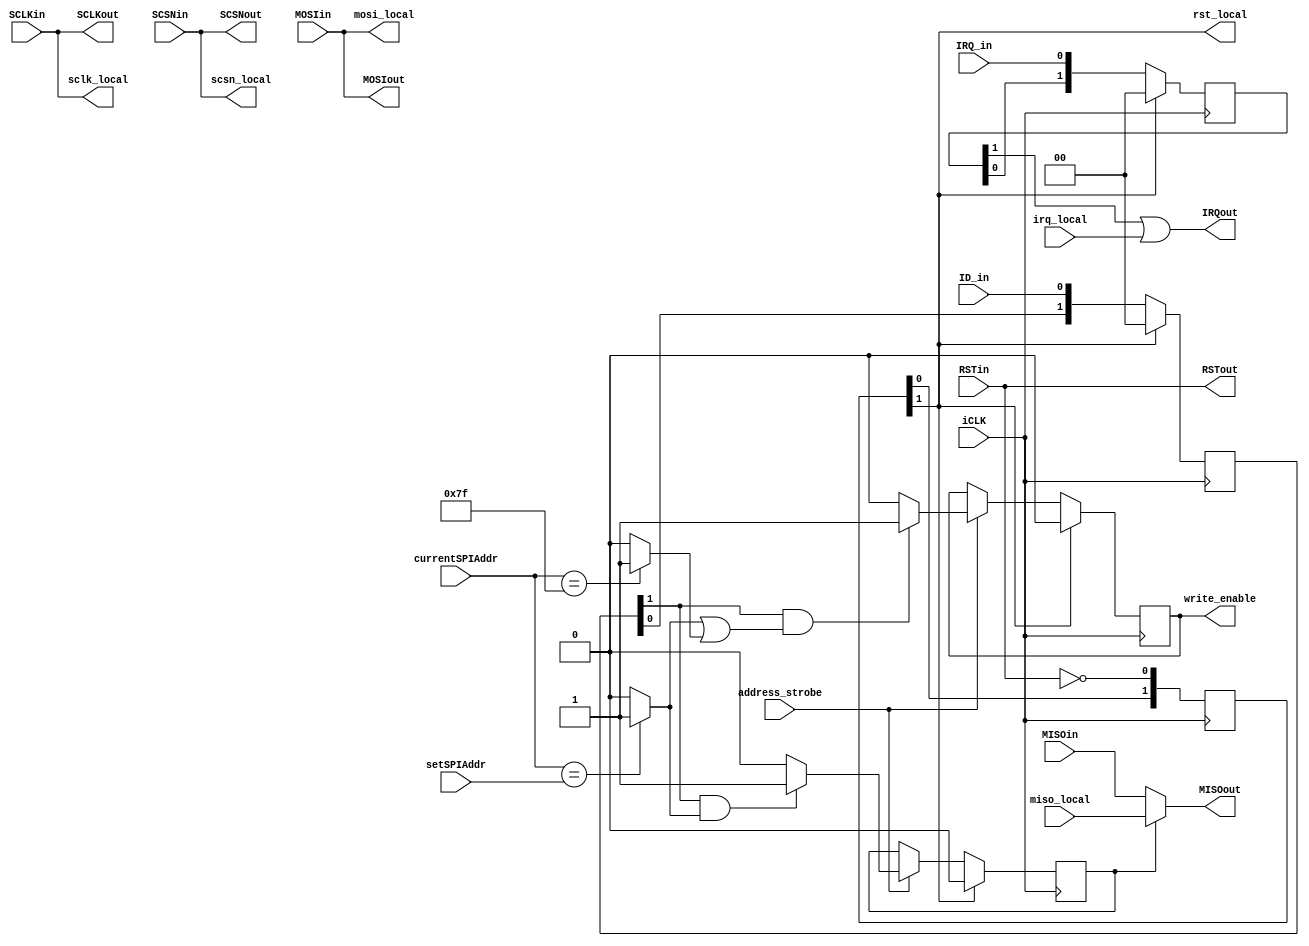
module spi_passthrough (
  input  wire  iCLK,
  input  wire  RSTin,
  input  wire	 ID_in, 
  input	 wire	 IRQ_in,
  input  wire  address_strobe,
  input  wire [6:0] currentSPIAddr,
  input  wire [6:0] setSPIAddr,

  input  wire  SCLKin,
  input  wire  SCSNin,
  input  wire  MOSIin,
  output wire  MISOout,

  output wire  rst_local,
  output wire  sclk_local,
  output wire	 scsn_local,
  output wire	 mosi_local,
  input	 wire	 miso_local,
  input	 wire	 irq_local,
  output wire  write_enable,

  output wire  RSTout,
  output wire  SCLKout,
  output wire  SCSNout,
  output wire  MOSIout,
  input  wire  MISOin,
  output wire  IRQout
  );

  // each of the inputs are negated
  wire rst_wire;

  // //////////////////////////////////////////////////////
  // synchronizers
  reg [1:0] id_resync;
  reg [1:0] reset_resync;

  always @(posedge iCLK)
    if (rst_wire) begin
      id_resync <= 0;
    end
    else begin
      id_resync <= {id_resync[0], ID_in};
    end

  reg [1:0] irq_resync;

  always @(posedge iCLK)
    if (rst_wire) begin
      irq_resync <= 0;
    end
    else begin
      irq_resync <= {irq_resync[0], IRQ_in};
    end

`ifdef BYPASS_THIS_ASIC
  assign IRQout = IRQ_in;
`else
  assign IRQout = irq_resync[1] | irq_local;
`endif

  always @(posedge iCLK)
    begin
      reset_resync <= {reset_resync[0], !RSTin};
    end

  // //////////////////////////////////////////////////////
  // pass-through signals and pick-off

  assign rst_wire = reset_resync[1];
  assign rst_local = rst_wire;
  assign RSTout = RSTin;

  assign SCLKout = SCLKin;
  assign sclk_local = SCLKin;

  assign SCSNout = SCSNin;
  assign scsn_local = SCSNin;

  assign MOSIout = MOSIin;
  assign mosi_local = MOSIin;

  // //////////////////////////////////////////////////////
  // MISO mux

  wire unique_address_match;
  wire id_active;
  reg  local_address_select;

  assign unique_address_match = (currentSPIAddr == setSPIAddr) ? 1'b1 : 1'b0;
  assign id_active = id_resync[1];

  always @(posedge iCLK)
    if (rst_wire) begin
      local_address_select <= 0;
    end
    else begin
      if (address_strobe) begin
        if ((id_active) && (unique_address_match)) begin
          local_address_select <= 1;
        end else begin
          local_address_select <= 0;
        end
      end
    end

`ifdef BYPASS_THIS_ASIC
  assign MISOout = MISOin;
`else
  assign MISOout = (local_address_select) ? miso_local : MISOin;
`endif

  // //////////////////////////////////////////////////////
  // Write enable mask

  wire global_address_match;
  reg  global_address_select;

  assign global_address_match = (currentSPIAddr == 7'b1111111) ? 1'b1 : 1'b0;

  always @(posedge iCLK)
    if (rst_wire) begin
      global_address_select <= 0;
    end
    else begin
      if (address_strobe) begin
        if ((id_active) && ((unique_address_match) || (global_address_match))) begin
          global_address_select <= 1;
        end else begin
          global_address_select <= 0;
        end
      end
    end

  assign write_enable = global_address_select;

endmodule